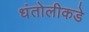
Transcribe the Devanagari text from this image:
धंतोलीकडे